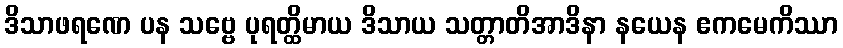
ဒိသာဖရဏေ ပန သဗ္ဗေ ပုရတ္ထိမာယ ဒိသာယ သတ္တာတိအာဒိနာ နယေန ဧကမေကိဿာ